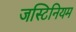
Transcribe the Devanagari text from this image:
जस्टिनियम